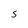
Character: S